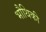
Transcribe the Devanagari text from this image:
भौथिकी